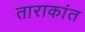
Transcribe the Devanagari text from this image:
ताराकांत